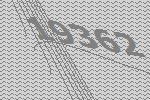
19362